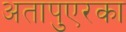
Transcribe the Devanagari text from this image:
अतापुएरका